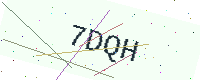
Text: 7DQH